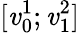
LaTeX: [\mathit{v}_{0}^{1};\mathit{v}_{1}^{2}]